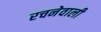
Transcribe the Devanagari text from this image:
रचनेवाली